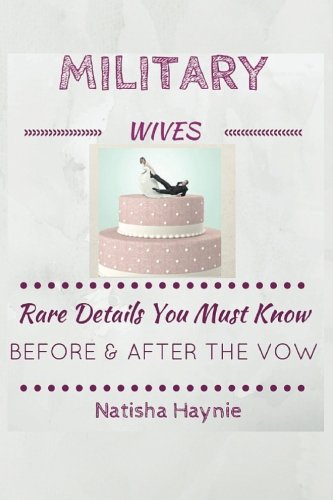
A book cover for Military Wives: Rare Details You Must Know Before & After the Vow; Natisha Haynie; Parenting & Relationships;